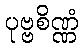
ပုဗ္ဗစိဏ္ဏံ